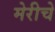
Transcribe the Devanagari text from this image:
मेरीचे